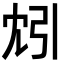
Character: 𫸬